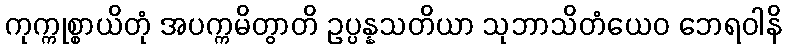
ကုက္ကုစ္စာယိတုံ အပက္ကမိတွာတိ ဥပ္ပန္နသတိယာ သုဘာသိတံယေဝ ဘေရဝါနိ